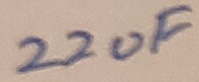
Text: 22uF